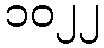
၁၀၂၂